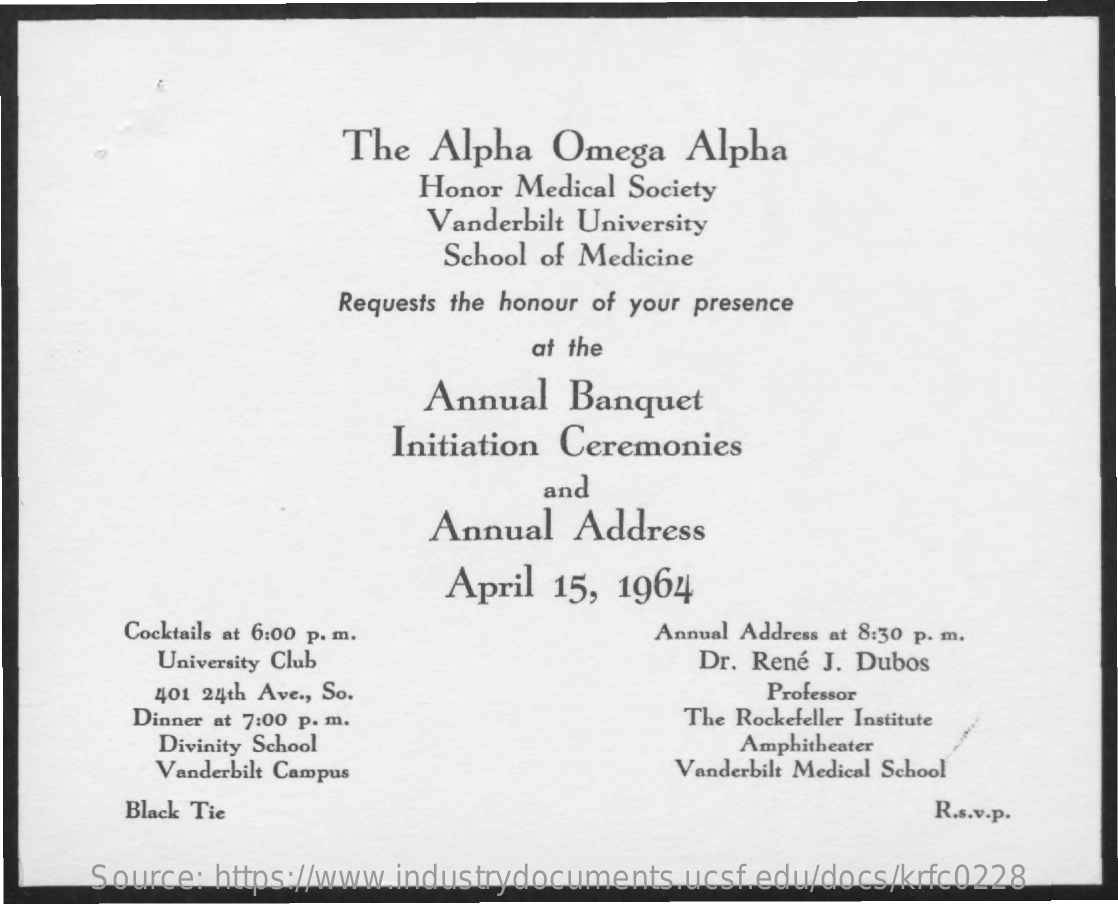
The  Alpha   Omega   Alpha
     Honor Medical Society
     Vanderbilt University
     School of Medicine
     Requests the honour of your presence
     at the
     Annual   Banquet
     Initiation Ceremonies
     and
     Annual  Address
     April  15, 1964
     Cocktails at 6:00 p. m.    Annual Address at 8:30 p. m.
     University Club    Dr. René J. Dubos
     401 24th Ave ., So.    Professor
     Dinner at 7:00 p. m.    The Rockefeller Institute
     Divinity School    Amphitheater
     Vanderbilt Campus    Vanderbilt Medical School
     Black Tie    R.s.v.p.
     Source: https://www.industrydocuments.ucsf.edu/docs/krfc0228